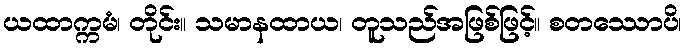
ယထာက္ကမံ၊ တိုင်း။ သမာနထာယ၊ တူသည်အဖြစ်ဖြင့်။ စတဿောပိ၊